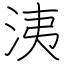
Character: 洟